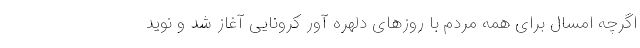
اگرچه امسال برای همه مردم با روزهای دلهره آور کرونایی آغاز شد و نوید